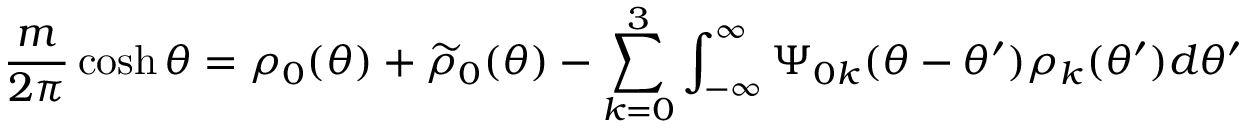
{ \frac { m } { 2 \pi } } \cosh \theta = \rho _ { 0 } ( \theta ) + \widetilde { \rho } _ { 0 } ( \theta ) - \sum _ { k = 0 } ^ { 3 } \int _ { - \infty } ^ { \infty } \Psi _ { 0 k } ( \theta - \theta ^ { \prime } ) \rho _ { k } ( \theta ^ { \prime } ) d \theta ^ { \prime }